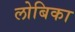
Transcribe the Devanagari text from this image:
लोबिका